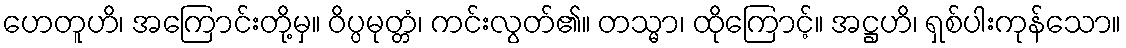
ဟေတူဟိ၊ အကြောင်းတို့မှ။ ဝိပ္ပမုတ္တံ၊ ကင်းလွတ်၏။ တသ္မာ၊ ထိုကြောင့်။ အဋ္ဌဟိ၊ ရှစ်ပါးကုန်သော။